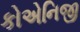
કોએનિજી